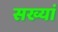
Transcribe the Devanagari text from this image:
सख्यां